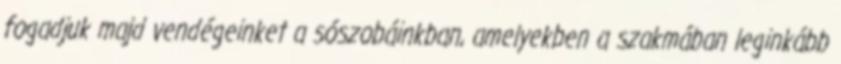
fogadjuk majd vendégeinket a sószobáinkban, amelyekben a szakmában leginkább